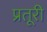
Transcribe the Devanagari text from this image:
प्रतूरी